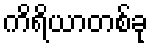
ကိရိယာတစ်ခု